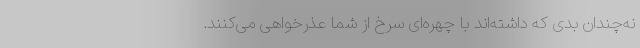
نه‌چندان بدی که داشته‌اند با چهره‌ای سرخ از شما عذرخواهی می‌کنند.